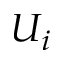
U _ { i }